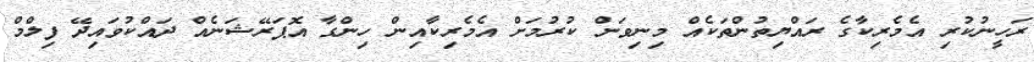
ރަހީނުކުރި އެމެރިކާގެ ރައްޔިތުންތަކެއް މިނިވަން ކުރުމަށް އެމެރިކާއިން ހިންގާ އޮޕަރޭޝަނެއް ދައްކުވައިދޭ ފިލްމް